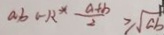
a b 1 - R ^ { \ast } \frac { a + b } { 2 } \geq \sqrt { a b }